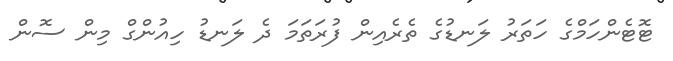
ޓޮޓެންހަމްގެ ހަތަރު ލަނޑުގެ ތެރެއިން ފުރަތަމަ ދެ ލަނޑު ހިއުންގް މިން ސޮން